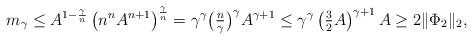
LaTeX: \begin{align*}m_\gamma\leq A^{1-\frac{\gamma}{n}}\left(n^nA^{n+1}\right)^{\frac\gamma{n}}=\gamma^\gamma\big(\tfrac{n}{\gamma}\big)^\gamma A^{\gamma+1}\leq\gamma^\gamma\left(\tfrac32A\right)^{\gamma+1}A\geq2\|\Phi_2\|_2,\end{align*}